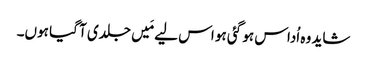
شاید وہ اُداس ہو گئی ہو اس لیے مَیں جلدی آ گیا ہوں۔